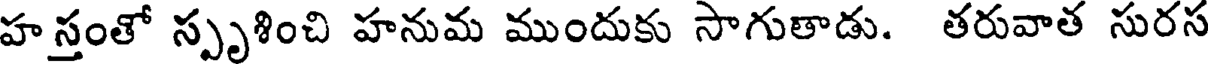
హస్తంతో స్పృశించి హనుమ ముందుకు సాగుతాడు. తరువాత సురస